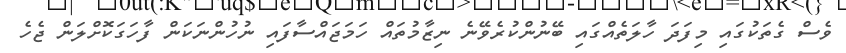
ވެސް ގެތަކުގައި މިފަދަ ހާލަތެއްގައި ބޭނުންކުރެވޭނެ ނިޒާމުތައް ހަމަޖައްސާފައި ނުހުންނަކަން ފާހަގަކޮށްލަން ޖެހެ